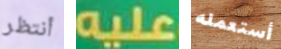
أنتظر عليه أستعمله